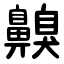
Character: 齅